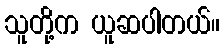
သူတို့က ယူဆပါတယ်။